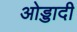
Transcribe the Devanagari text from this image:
ओड्डादी